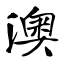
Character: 澳